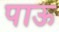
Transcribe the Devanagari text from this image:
पाऊ